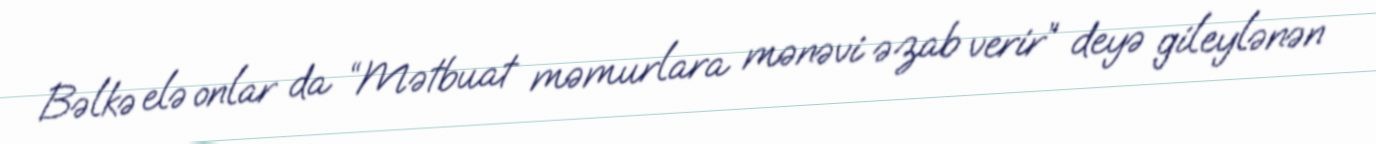
Bəlkə elə onlar da “Mətbuat məmurlara mənəvi əzab verir” deyə gileylənən